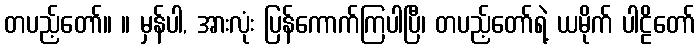
တပည့်တော်။ ။ မှန်ပါ, အားလုံး ပြန်ကောက်ကြပါပြီ၊ တပည့်တော်ရဲ့ ယမိုက် ပါဠိတော်